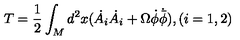
T = \frac { 1 } { 2 } \int _ { M } d ^ { 2 } x ( \dot { A } _ { i } \dot { A } _ { i } + \Omega \dot { \phi } \dot { { \bar { \phi } } } ) , ( i = 1 , 2 )